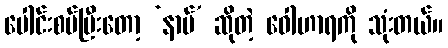
ပေါင်းစပ်ပြီးတော့ ‘နာမ်’ ဆိုတဲ့ ဝေါဟာရကို သုံးတယ်။